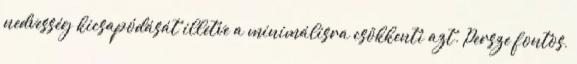
nedvesség kicsapódását illetve a minimálisra csökkenti azt. Persze fontos,